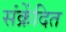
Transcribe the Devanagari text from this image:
संक्रेंदित